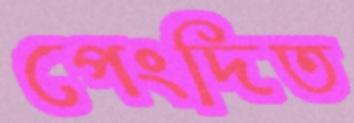
পেংদিত